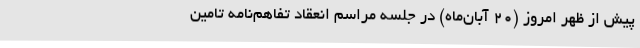
پیش از ظهر امروز (20 آبان‌ماه) در جلسه مراسم انعقاد تفاهم‌نامه تامین